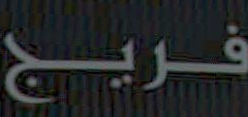
فريج